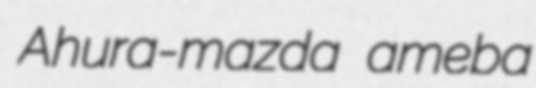
Ahura-mazda ameba